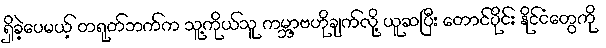
ရှိခဲ့ပေမယ့် တရုတ်ဘက်က သူ့ကိုယ်သူ ကမ္ဘာ့ဗဟိုချက်လို့ ယူဆပြီး တောင်ပိုင်း နိုင်ငံတွေကို